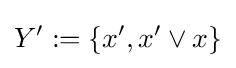
Y':=\{x',x'\vee x\}